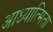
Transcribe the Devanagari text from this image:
आध्यात्मिता